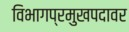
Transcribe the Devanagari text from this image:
विभागप्रमुखपदावर